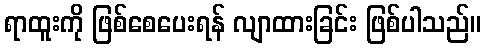
ရာထူးကို ဖြစ်စေပေးရန် လျာထားခြင်း ဖြစ်ပါသည်။